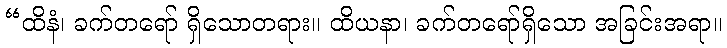
“ထိနံ၊ ခက်တရော် ရှိသောတရား။ ထိယနာ၊ ခက်တရော်ရှိသော အခြင်းအရာ။